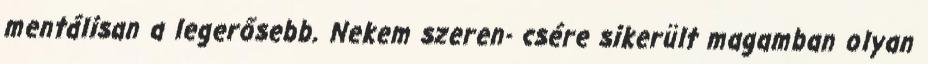
mentálisan a legerősebb. Nekem szeren- csére sikerült magamban olyan